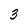
Character: 3